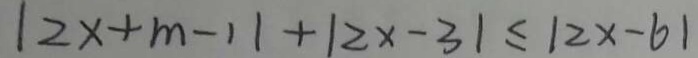
\vert 2 x + m - 1 \vert + \vert 2 x - 3 \vert \leq \vert 2 x - 6 \vert